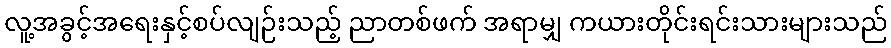
လူ့အခွင့်အရေးနှင့်စပ်လျဉ်းသည့် ညာတစ်ဖက် အရာမျှ ကယားတိုင်းရင်းသားများသည်